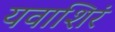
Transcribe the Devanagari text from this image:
यवाशिरं